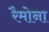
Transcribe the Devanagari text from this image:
रैमोना